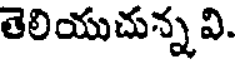
తెలియుచున్నవి.